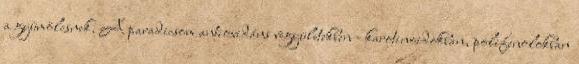
a gyümölcsnek. A paradicsom antioxidáns vegyületekben - karotinoidokban, polifenolokban